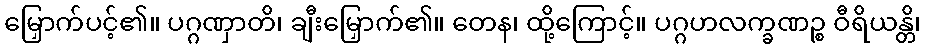
မြှောက်ပင့်၏။ ပဂ္ဂဏှာတိ၊ ချီးမြှောက်၏။ တေန၊ ထို့ကြောင့်။ ပဂ္ဂဟလက္ခဏဉ္စ ဝီရိယန္တိ၊